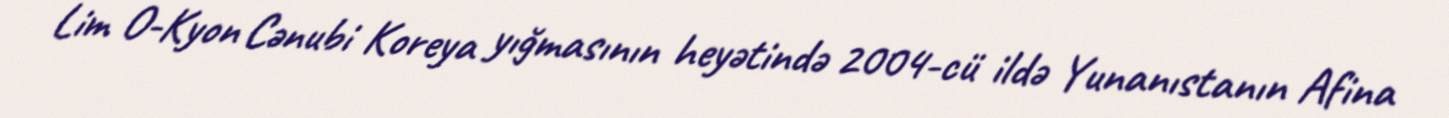
Lim O-Kyon Cənubi Koreya yığmasının heyətində 2004-cü ildə Yunanıstanın Afina